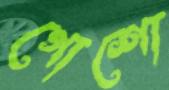
গোশো